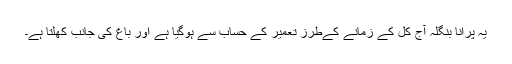
یہ پرانا بنگلہ آج کل کے زمانے کےطرزِ تعمیر کے حساب سے ہوگیا ہے اور باغ کی جانب کُھلتا ہے۔